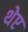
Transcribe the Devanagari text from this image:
थेप्ट